Indian journal of veterinary science and animal husbandry - Volume 6,
Year: 1936
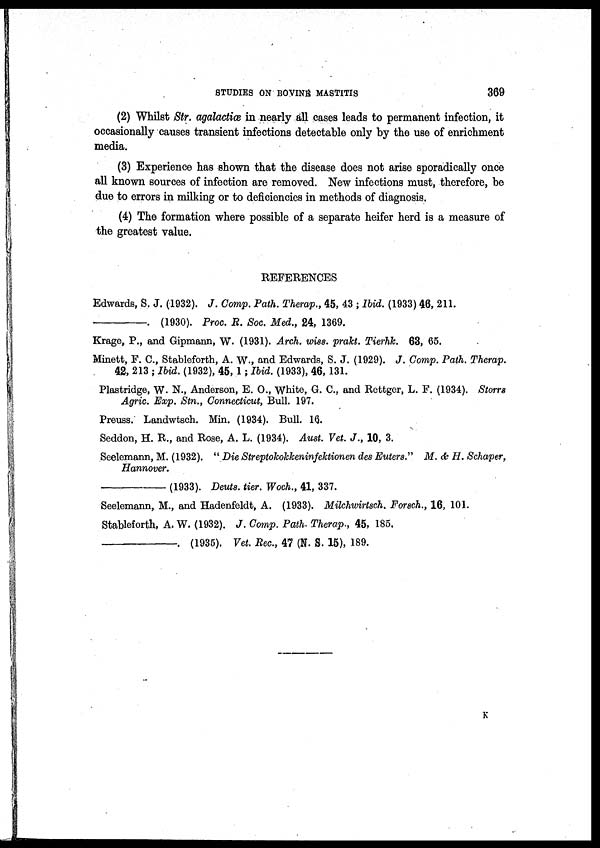
STUDIES ON BOVINE MASTITIS
369
(2) Whilst Str. agalactiæ in nearly all cases leads to permanent infection, it
occasionally causes transient infections detectable only by the use of enrichment
media.
(3) Experience has shown that the disease does not arise sporadically once
all known sources of infection are removed. New infections must, therefore, be
due to errors in milking or to deficiencies in methods of diagnosis.
(4) The formation where possible of a separate heifer herd is a measure of
the greatest value.
REFERENCES
Edwards, S. J. (1932). J. Comp. Path. Therap., 45, 43 ; Ibid. (1933) 46, 211.
—.
(1930). Proc. R. Soc. Med., 24, 1369.
Krage, P., and Gipmann, W. (1931). Arch. wiss. prakt. Tierhk. 63, 65.
Minett, F. C., Stableforth, A. W., and Edwards, S. J. (1929). J. Comp. Path. Therap.
42, 213 ; Ibid. (1932), 45, 1; Ibid. (1933), 46, 131.
Plastridge, W. N., Anderson, E. O., White, G. C., and Rettger, L. F. (1934). Storrs
Agric. Exp. Stn., Connecticut, Bull. 197.
Preuss. Landwtsch. Min. (1934). Bull. 16.
Seddon, H. R., and Rose, A. L. (1934). Aust. Vet. J., 10, 3.
Seelemann, M. (1932). " Die Streptokokkeninfektionen des Euters." M. & H. Schaper,
Hannover.
—(1933).
Deuts. tier. Woch., 41, 337.
Seelemann, M., and Hadenfeldt, A. (1933). Milchwirtsch. Forsch., 16, 101.
Stableforth, A. W. (1932). J. Comp. Path. Therap., 45, 185.
—.
(1935). Vet. Rec., 47 (N. S. 15), 189.
K